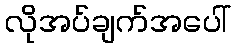
လိုအပ်ချက်အပေါ်